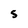
Character: 5